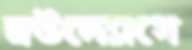
স্বউদ্যোগে